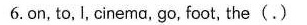
6.on, to,I, cinema, go, foot, the(.)